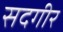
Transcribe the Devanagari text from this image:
सदगीर